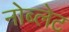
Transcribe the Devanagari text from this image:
नोब्लेट